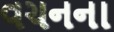
વચનના